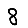
Digit: 8